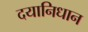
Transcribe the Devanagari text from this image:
दयानिधान